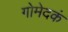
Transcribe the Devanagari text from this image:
गोमेदकं